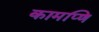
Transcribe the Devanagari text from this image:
कामप्णि